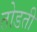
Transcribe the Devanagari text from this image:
तोडती